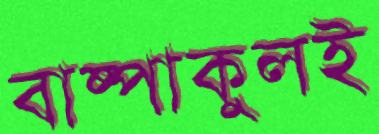
বাষ্পাকুলই